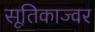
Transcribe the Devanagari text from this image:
सूतिकाज्वर